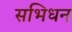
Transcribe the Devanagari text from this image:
सभिधन